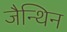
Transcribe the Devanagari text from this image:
जैन्थिन